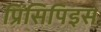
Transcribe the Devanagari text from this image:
प्रिंसिपिइस